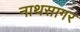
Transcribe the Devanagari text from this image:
नाथसागर